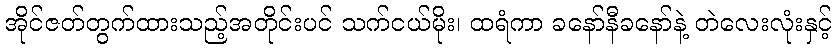
အိုင်ဇတ်တွက်ထားသည့်အတိုင်းပင် သက်ငယ်မိုး၊ ထရံကာ ခနော်နီခနော်နဲ့ တဲလေးလုံးနှင့်